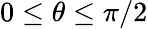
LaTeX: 0\leq\theta\leq\pi/2